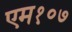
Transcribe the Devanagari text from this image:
एम१०७